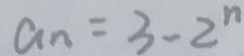
a _ { n } = 3 - 2 ^ { n }